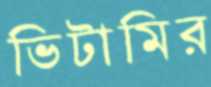
ভিটামির